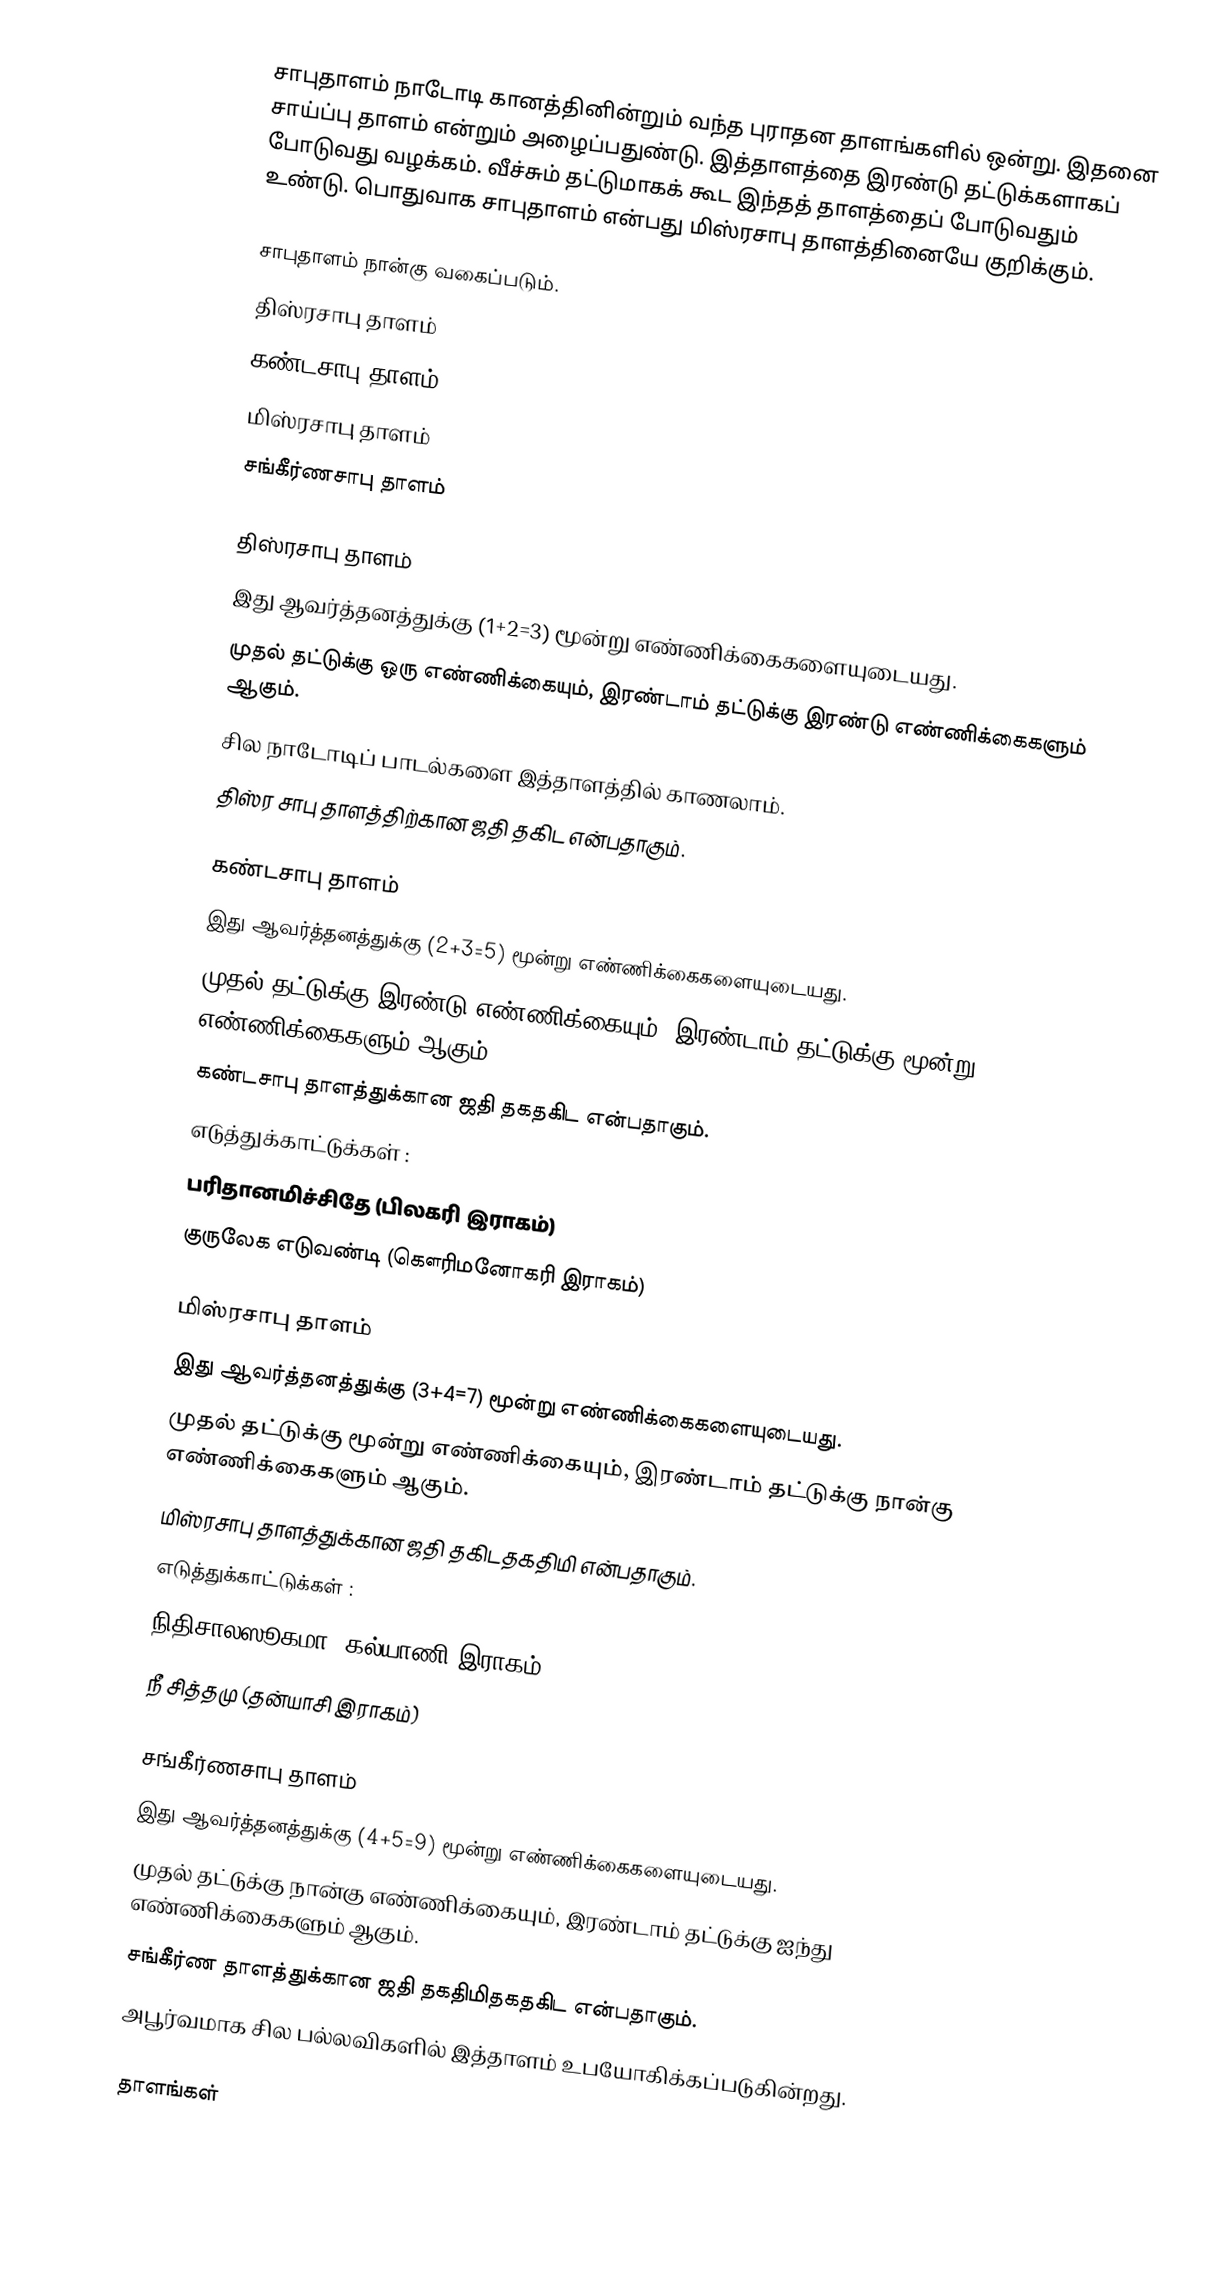
சாபுதாளம் நாடோடி கானத்தினின்றும் வந்த புராதன தாளங்களில் ஒன்று. இதனை சாய்ப்பு தாளம் என்றும் அழைப்பதுண்டு. இத்தாளத்தை இரண்டு தட்டுக்களாகப் போடுவது வழக்கம். வீச்சும் தட்டுமாகக் கூட இந்தத் தாளத்தைப் போடுவதும் உண்டு. பொதுவாக சாபுதாளம் என்பது மிஸ்ரசாபு தாளத்தினையே குறிக்கும்.

சாபுதாளம் நான்கு வகைப்படும்.
 திஸ்ரசாபு தாளம்
 கண்டசாபு தாளம்
 மிஸ்ரசாபு தாளம்
 சங்கீர்ணசாபு தாளம்

திஸ்ரசாபு தாளம்
 இது ஆவர்த்தனத்துக்கு (1+2=3) மூன்று எண்ணிக்கைகளையுடையது.
 முதல் தட்டுக்கு ஒரு எண்ணிக்கையும், இரண்டாம் தட்டுக்கு இரண்டு எண்ணிக்கைகளும் ஆகும்.
 சில நாடோடிப் பாடல்களை இத்தாளத்தில் காணலாம்.
 திஸ்ர சாபு தாளத்திற்கான ஜதி தகிட என்பதாகும்.

கண்டசாபு தாளம்
 இது ஆவர்த்தனத்துக்கு (2+3=5) மூன்று எண்ணிக்கைகளையுடையது.
 முதல் தட்டுக்கு இரண்டு எண்ணிக்கையும், இரண்டாம் தட்டுக்கு மூன்று எண்ணிக்கைகளும் ஆகும்.
 கண்டசாபு தாளத்துக்கான ஜதி தகதகிட என்பதாகும்.
 எடுத்துக்காட்டுக்கள் :
 பரிதானமிச்சிதே (பிலகரி இராகம்)
 குருலேக எடுவண்டி (கௌரிமனோகரி இராகம்)

மிஸ்ரசாபு தாளம்
 இது ஆவர்த்தனத்துக்கு (3+4=7) மூன்று எண்ணிக்கைகளையுடையது.
 முதல் தட்டுக்கு மூன்று எண்ணிக்கையும், இரண்டாம் தட்டுக்கு நான்கு எண்ணிக்கைகளும் ஆகும்.
 மிஸ்ரசாபு தாளத்துக்கான ஜதி தகிடதகதிமி என்பதாகும்.
 எடுத்துக்காட்டுக்கள் :
 நிதிசாலஸூகமா (கல்யாணி இராகம்)
 நீ சித்தமு (தன்யாசி இராகம்)

சங்கீர்ணசாபு தாளம்
 இது ஆவர்த்தனத்துக்கு (4+5=9) மூன்று எண்ணிக்கைகளையுடையது.
 முதல் தட்டுக்கு நான்கு எண்ணிக்கையும், இரண்டாம் தட்டுக்கு ஐந்து எண்ணிக்கைகளும் ஆகும்.
 சங்கீர்ண தாளத்துக்கான ஜதி தகதிமிதகதகிட என்பதாகும்.
 அபூர்வமாக சில பல்லவிகளில் இத்தாளம் உபயோகிக்கப்படுகின்றது.

தாளங்கள்